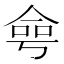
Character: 𠋒